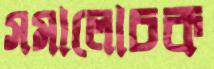
সমালোচক